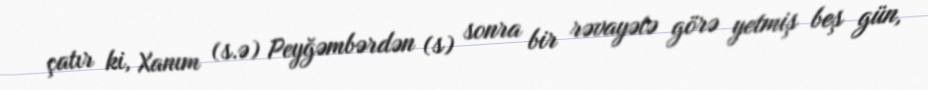
çatır ki, Xanım (s.ə) Peyğəmbərdən (s) sonra bir rəvayətə görə yetmiş beş gün,